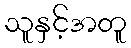
သူနှင့်အတူ